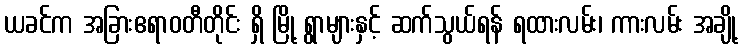
ယခင်က အခြားဧရာဝတီတိုင်း ရှိ မြို့ ရွာများနှင့် ဆက်သွယ်ရန် ရထားလမ်း၊ ကားလမ်း အချို့